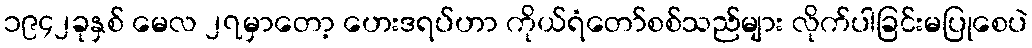
၁၉၄၂ခုနှစ် မေလ ၂၇မှာတော့ ဟေးဒရပ်ဟာ ကိုယ်ရံတော်စစ်သည်များ လိုက်ပါခြင်းမပြုစေပဲ